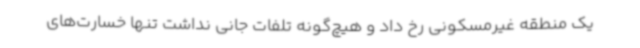
یک منطقه غیرمسکونی رخ داد و هیچ‌گونه تلفات جانی نداشت تنها خسارت‌های